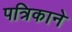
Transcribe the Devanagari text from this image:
पत्रिकाने